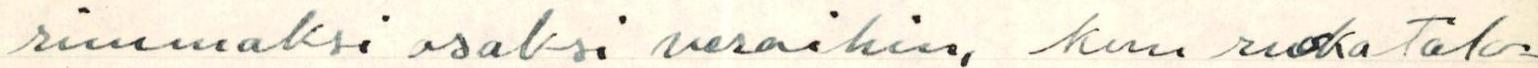
rimmaksi osaksi veroihin, kun ruokatalo-